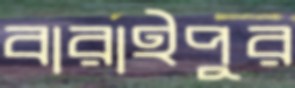
বারাইপুর